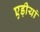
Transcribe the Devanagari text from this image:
एड़ीयां